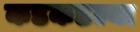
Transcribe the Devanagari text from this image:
कडकडल्या